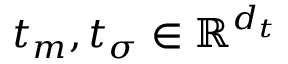
\boldsymbol { t } _ { m } , \boldsymbol { t } _ { \sigma } \in \mathbb { R } ^ { d _ { t } }